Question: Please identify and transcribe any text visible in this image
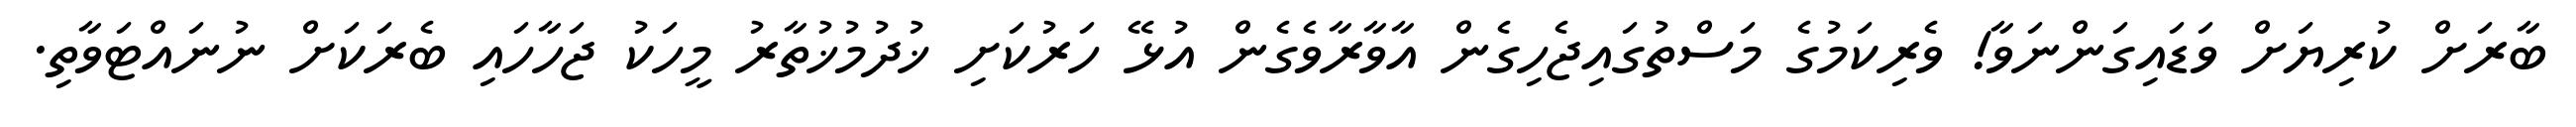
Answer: ބާރަށް ކުރިޔަށް ވަޑައިގަންނަވާ! ވެރިކަމުގެ މަސްތުގައިޖެހިގެން އާވާރާވެގެން އުޅޭ ހަރުކަށި ޚުދުމުޚުތާރު މީހަކު ޖަހާހައި ބެރަކަށް ނުނައްޓަވާތި.